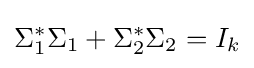
\Sigma _{1}^{*}\Sigma _{1}+\Sigma _{2}^{*}\Sigma _{2}=I_{k}